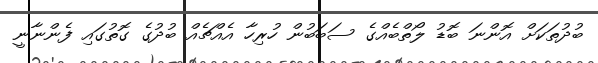
ބުދުތަކަށް އޮންނަ ބޮޑު ލޯތްބެއްގެ ސަބަބުން ހުރިހާ އެއްޗެއް ބުދުގެ ގޮތުގައި ފެންނާނީ